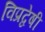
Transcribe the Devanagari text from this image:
विप्रद्वेषी